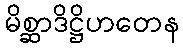
မိစ္ဆာဒိဋ္ဌိဟတေန